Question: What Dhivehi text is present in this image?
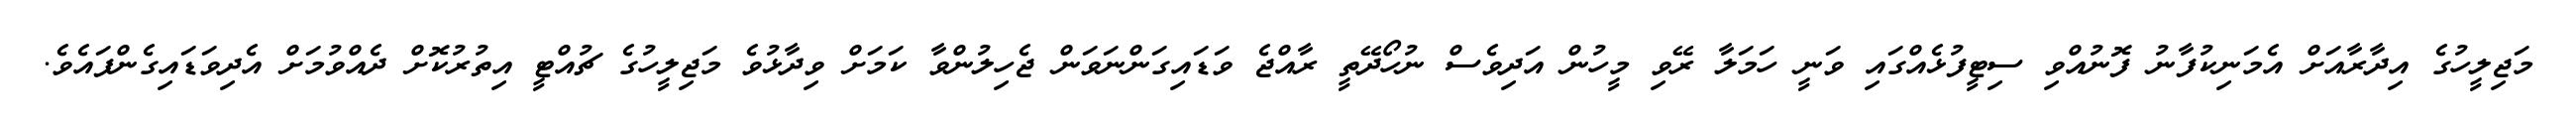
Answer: މަޖިލީހުގެ އިދާރާއަށް އެމަނިކުފާނު ފޮނުއްވި ސިޓީފުޅެއްގައި ވަނީ ހަމަލާ ރޭވި މީހުން އަދިވެސް ނުހޯދޭތީ ރާއްޖެ ވަޑައިގަންނަވަން ޖެހިލުންވާ ކަމަށް ވިދާޅުވެ މަޖިލީހުގެ ޗުއްޓީ އިތުރުކޮށް ދެއްވުމަށް އެދިވަޑައިގެންފައެވެ.